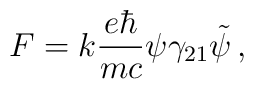
F = k \frac{e\hbar}{mc} \psi \gamma_{21} \tilde{\psi} \, ,